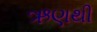
ઋણથી